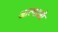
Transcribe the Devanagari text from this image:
आत्माओ